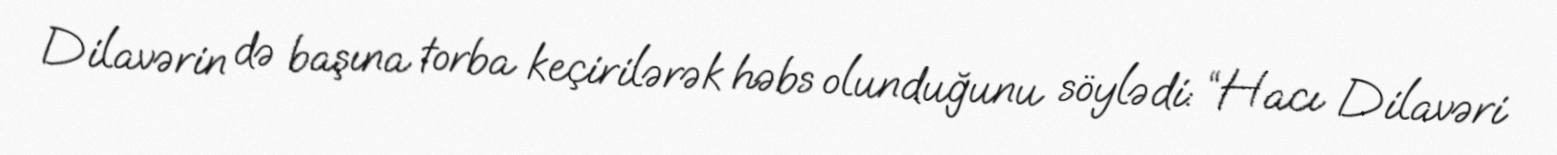
Dilavərin də başına torba keçirilərək həbs olunduğunu söylədi: “Hacı Dilavəri